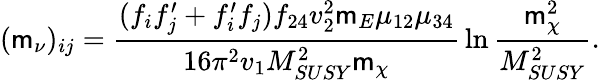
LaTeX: (\mathsf{m}_{\nu})_{ij}={\frac{{(f_{i}f_{j}^{\prime}+f_{i}^{\prime}f_{j})f_{24}v_{2}^{2}\mathsf{m}_{E}\mu_{12}\mu_{34}}}{{16\pi^{2}v_{1}M_{SUSY}^{2}\mathsf{m}_{\chi}}}}\ln{\frac{{\mathsf{m}_{\chi}^{2}}}{{M_{SUSY}^{2}}}}.